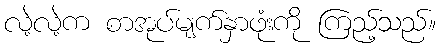
လဲ့လဲ့က စာအုပ်မျက်နှာဖုံးကို ကြည့်သည်။